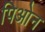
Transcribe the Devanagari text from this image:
पिओन